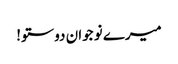
میرے نو جوان دوستو!